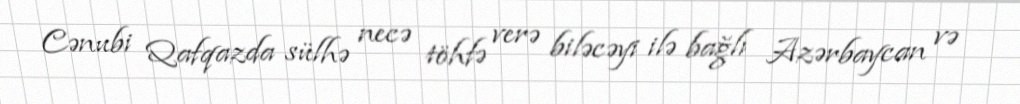
Cənubi Qafqazda sülhə necə töhfə verə biləcəyi ilə bağlı Azərbaycan və